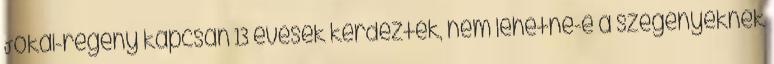
Jókai-regény kapcsán 13 évesek kérdezték, nem lehetne-e a szegényeknek